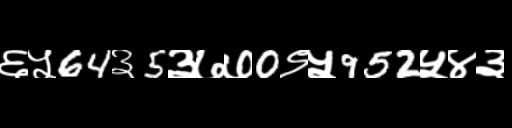
Text: ६५64३5३७७0९५952५४३